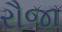
રૌજા